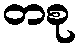
တစု